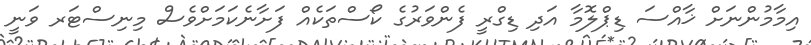
އިމާމުންނަށް ޚާއްސަ ޑިޕްލޮމާ އަދި ޑިގްރީ ފެންވަރުގެ ކޯސްތަކެއް ފަށާނެކަމަށްވެސް މިނިސްޓަރ ވަނީ